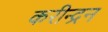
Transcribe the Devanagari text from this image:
करीन्द्रन